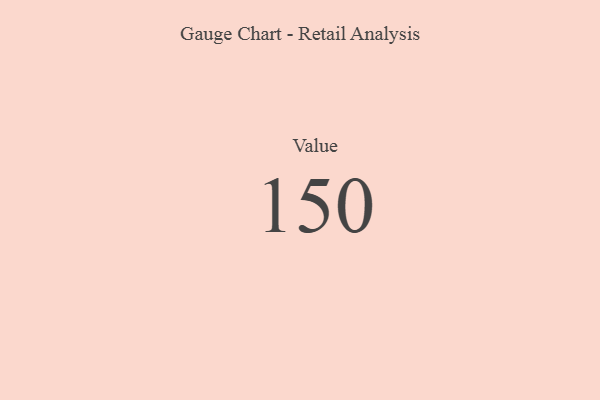
{"axis": {"x": "Metric", "y": "Value"}, "legend": [""], "data": [{"x": "Value", "y": 150, "type": ""}]}